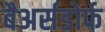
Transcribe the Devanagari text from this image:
बैअर्सडोर्फ